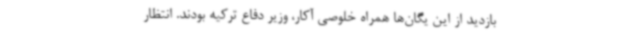
بازدید از این یگان‌ها همراه خلوصی آکار، وزیر دفاع ترکیه بودند. انتظار